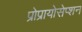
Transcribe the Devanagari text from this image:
प्रोप्रायोसेप्शन